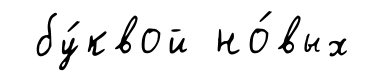
бу́квой но́вых